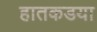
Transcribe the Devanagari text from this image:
हातकडया